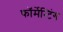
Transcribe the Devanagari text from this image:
फॉर्मेन्टिंग